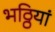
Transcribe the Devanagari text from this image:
भठ्ठियां